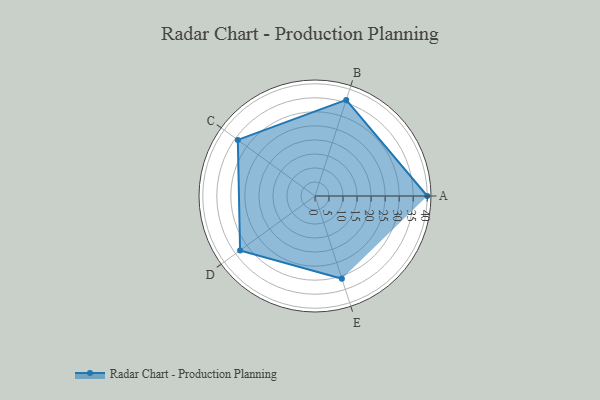
{"axis": {"x": "Skill", "y": "Score"}, "legend": ["Profile"], "data": [{"x": "A", "y": 40.0, "type": "Profile"}, {"x": "B", "y": 36.0, "type": "Profile"}, {"x": "C", "y": 34.0, "type": "Profile"}, {"x": "D", "y": 33.0, "type": "Profile"}, {"x": "E", "y": 31.0, "type": "Profile"}]}